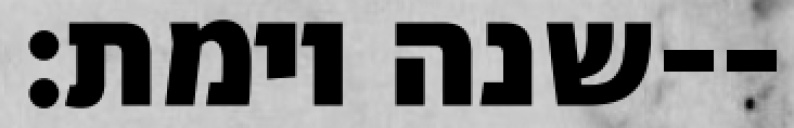
שנה וימת׃--